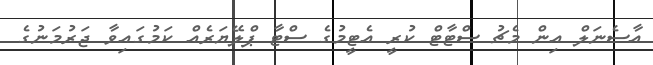
އާސެނަލް އިން މެޗު ސްޓާޓް ކުރީ އެޓީމުގެ ސްޓާ ޕްލޭޔަރެއް ކަމުގައިވާ ޖަރުމަނުގެ